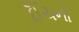
ઈઁચનો